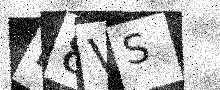
Text: L8VS